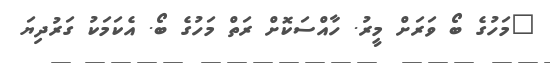
"މަހުގެ ބޯ ވަރަށް މީރު. ހާއްސަކޮށް ރަތް މަހުގެ ބޯ. އެކަމަކު ގަރުދިޔަ